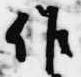
作